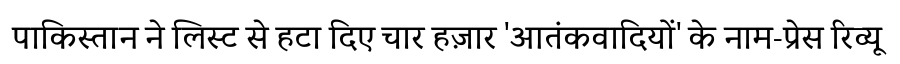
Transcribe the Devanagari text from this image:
पाकिस्तान ने लिस्ट से हटा दिए चार हज़ार 'आतंकवादियों' के नाम-प्रेस रिव्यू